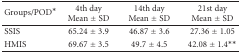
<table><thead><tr><td><b>Groups/POD*</b></td><td><b>4th day Mean ± SD</b></td><td><b>14th day Mean ± SD</b></td><td><b>21st day Mean ± SD</b></td></tr></thead><tbody><tr><td>SSIS</td><td>65.24 ± 3.9</td><td>46.87 ± 3.6</td><td>27.36 ± 1.05</td></tr><tr><td>HMIS</td><td>69.67 ± 3.5</td><td>49.7 ± 4.5</td><td>42.08 ± 1.4**</td></tr></tbody></table>